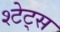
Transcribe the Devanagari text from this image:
श्टेट्स